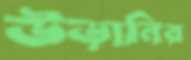
উড়ানির